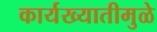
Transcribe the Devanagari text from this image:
कार्यख्यातीमुळे